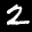
Digit: 2